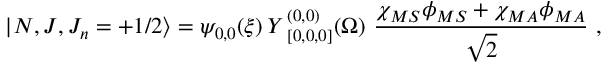
| N , J , J _ { n } = + 1 / 2 \rangle = \psi _ { 0 , 0 } ( \xi ) \, { \cal Y } \, _ { [ 0 , 0 , 0 ] } ^ { ( 0 , 0 ) } ( \Omega ) \, \, { \frac { \chi _ { M S } \phi _ { M S } + \chi _ { M A } \phi _ { M A } } { \sqrt { 2 } } } \, \, ,